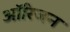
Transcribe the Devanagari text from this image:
आॅरिजन